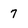
Character: 7